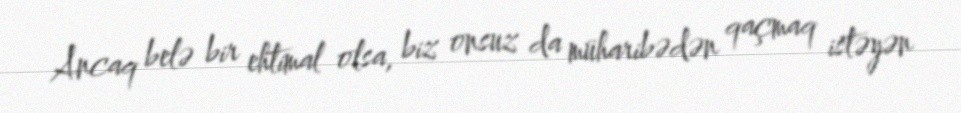
Ancaq belə bir ehtimal olsa, biz onsuz da müharibədən qaçmaq istəyən